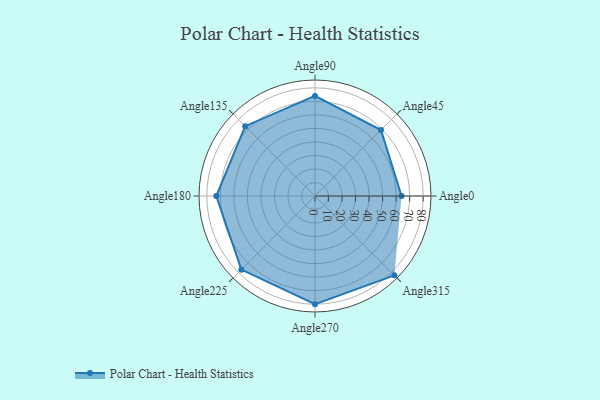
{"axis": {"x": "Angle", "y": "Radius"}, "legend": [""], "data": [{"x": "Angle0", "y": 64.0, "type": ""}, {"x": "Angle45", "y": 69.0, "type": ""}, {"x": "Angle90", "y": 74.0, "type": ""}, {"x": "Angle135", "y": 73.0, "type": ""}, {"x": "Angle180", "y": 73.0, "type": ""}, {"x": "Angle225", "y": 77.0, "type": ""}, {"x": "Angle270", "y": 80.0, "type": ""}, {"x": "Angle315", "y": 83.0, "type": ""}]}